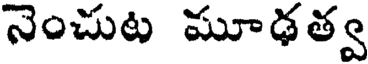
నెంచుట మూఢత్వ